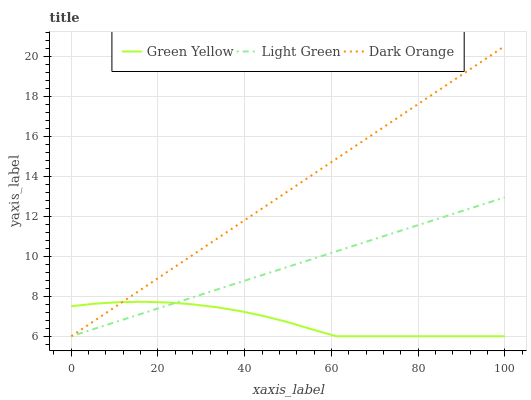
| xaxis_label | Green Yellow | Light Green | Dark Orange |
 | --- | --- | --- | --- |
 | 0 | 7.5 | 6 | 6 |
 | 5.56 | 7.63 | 6.39 | 6.81 |
 | 11.1 | 7.71 | 6.77 | 7.61 |
 | 16.7 | 7.73 | 7.16 | 8.42 |
 | 22.2 | 7.69 | 7.55 | 9.23 |
 | 27.8 | 7.6 | 7.93 | 10 |
 | 33.3 | 7.46 | 8.32 | 10.8 |
 | 38.9 | 7.26 | 8.7 | 11.6 |
 | 44.4 | 7.01 | 9.09 | 12.5 |
 | 50 | 6.7 | 9.48 | 13.3 |
 | 55.6 | 6.34 | 9.86 | 14.1 |
 | 61.1 | 6 | 10.2 | 14.9 |
 | 66.7 | 6 | 10.6 | 15.7 |
 | 72.2 | 6 | 11 | 16.5 |
 | 77.8 | 6 | 11.4 | 17.3 |
 | 83.3 | 6 | 11.8 | 18.1 |
 | 88.9 | 6 | 12.2 | 18.9 |
 | 94.4 | 6 | 12.6 | 19.7 |
 | 100 | 6 | 13 | 20.5 |